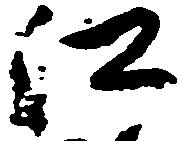
江